DOW-UAP-D48, Department of the Air Force Report, 1996
Agency: Department of War
Incident date: 9/10/96
Page 62
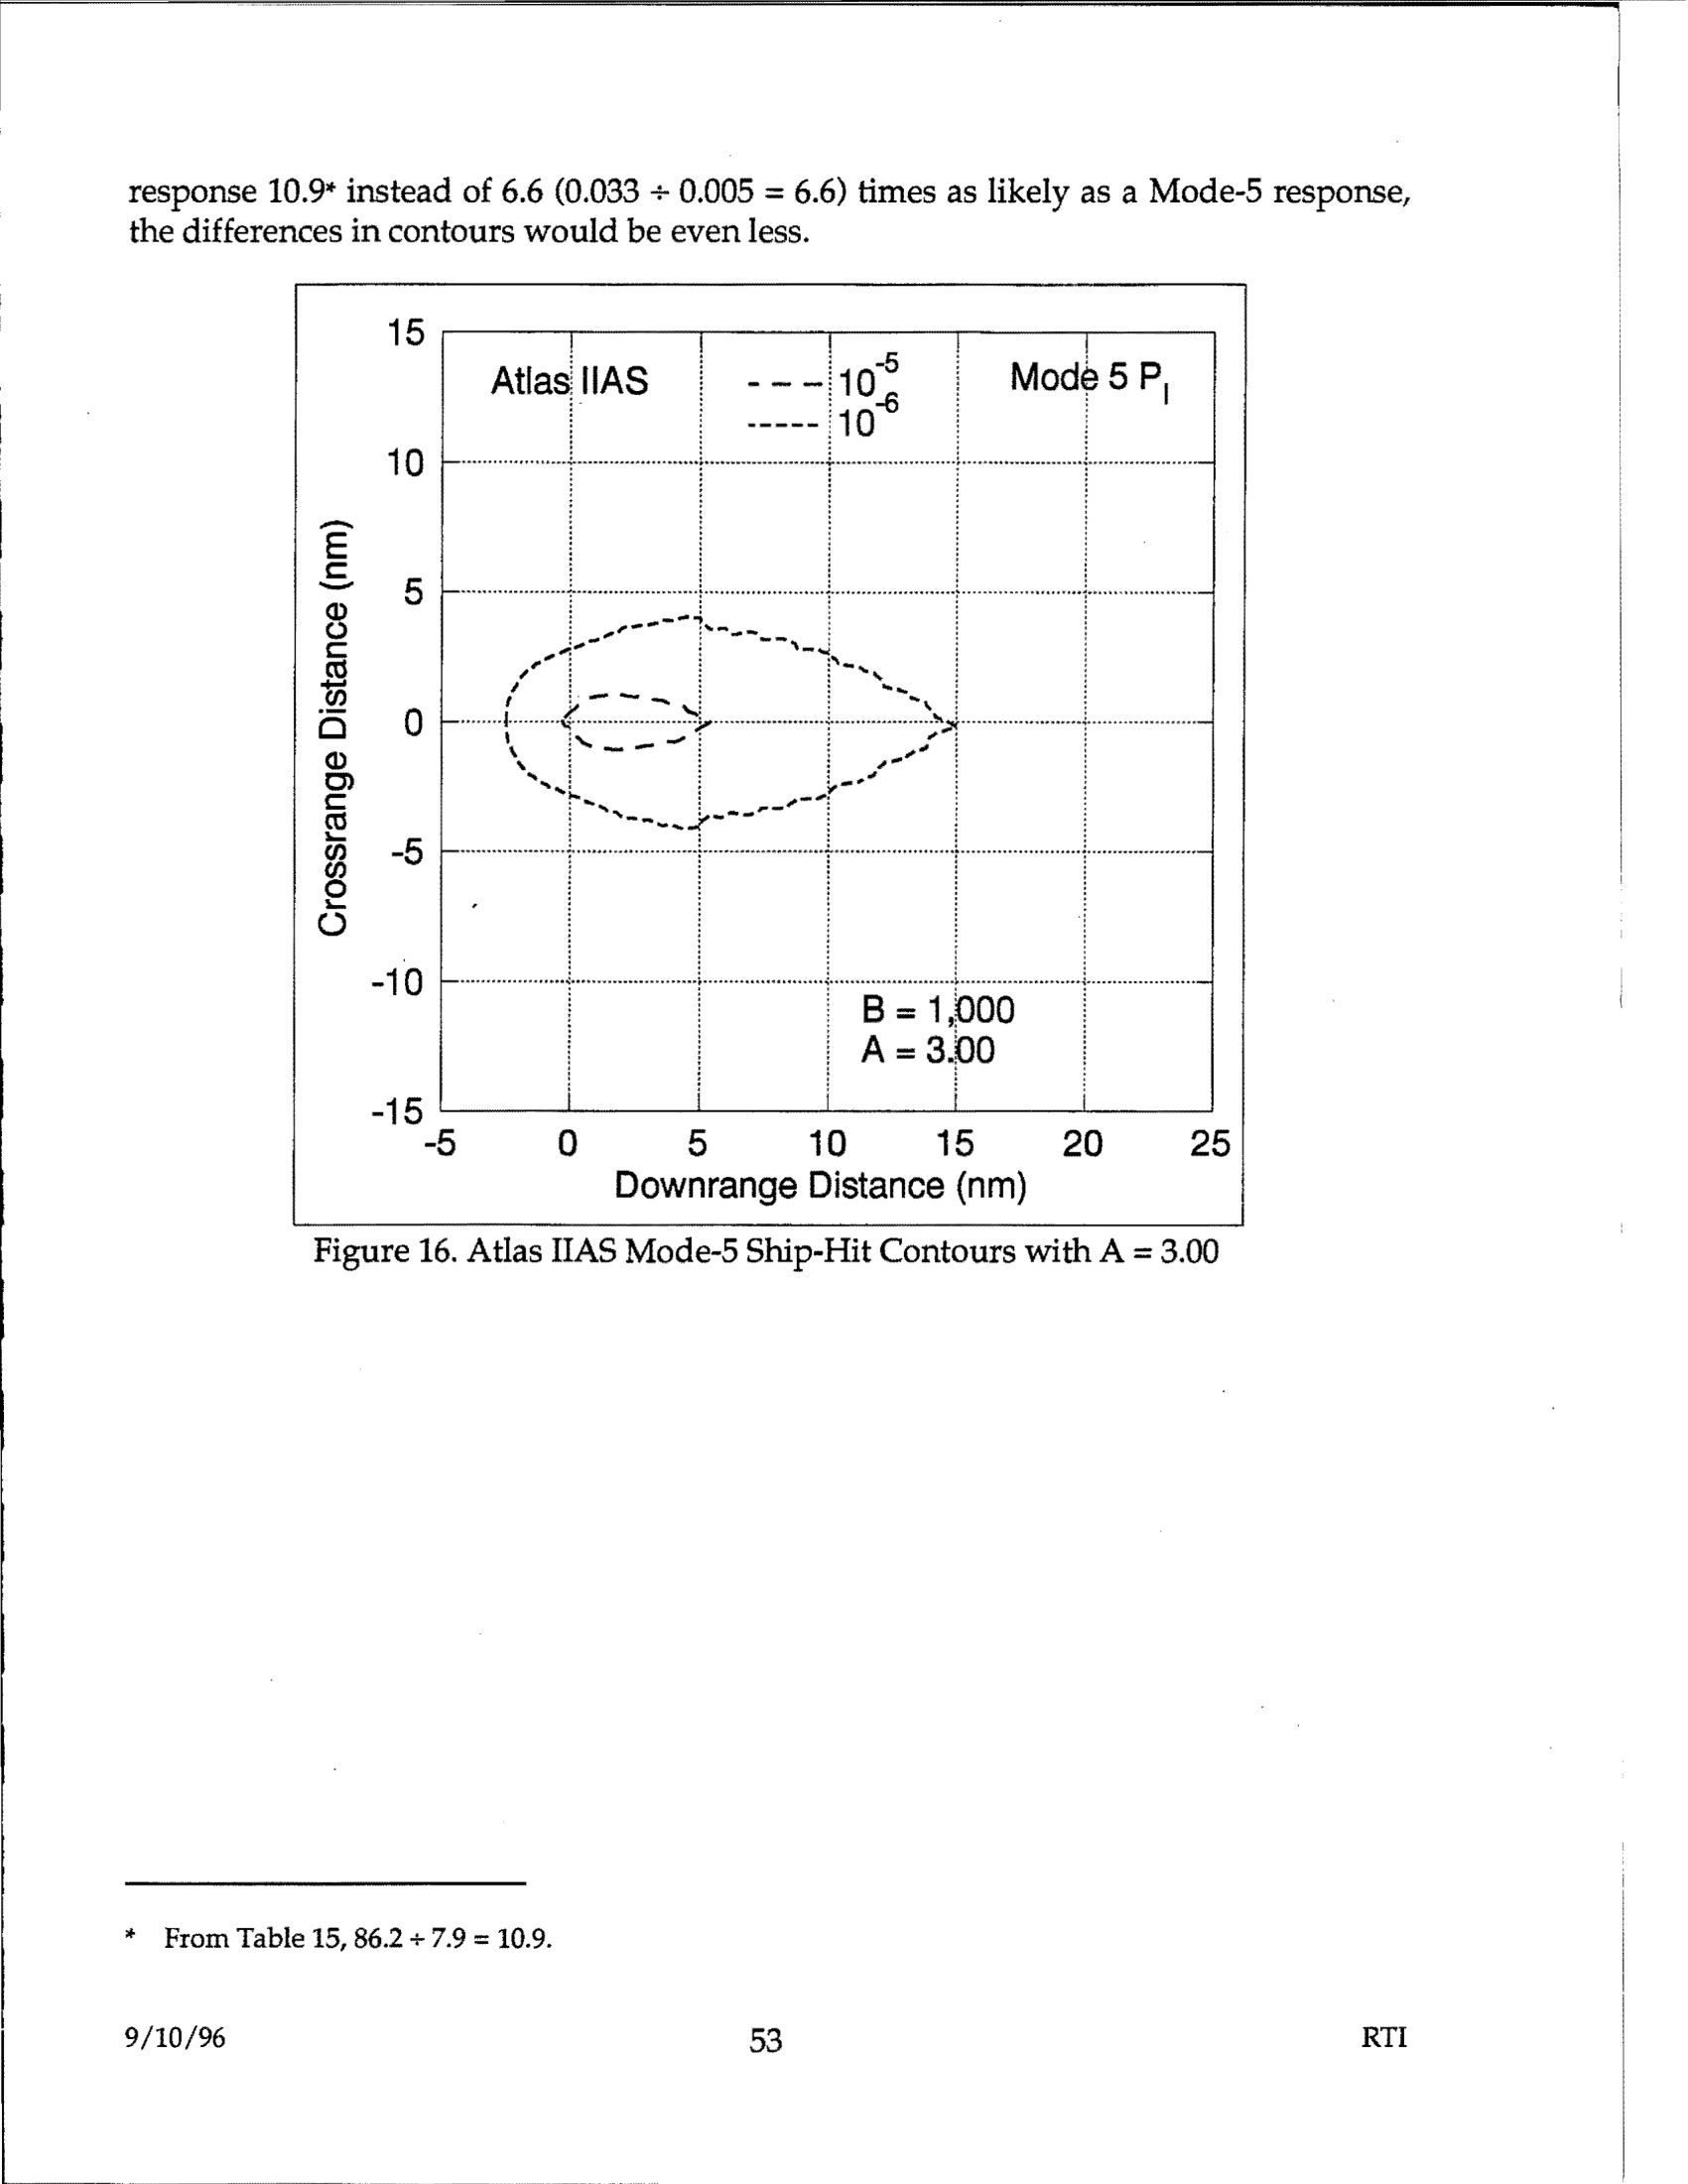